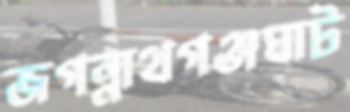
জগন্নাথগঞ্জঘাট